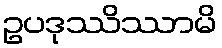
ဥပဒုဿိဿာမိ